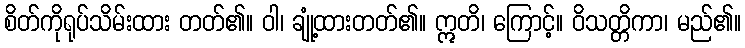
စိတ်ကိုရုပ်သိမ်းထား တတ်၏။ ဝါ၊ ချုံ့ထားတတ်၏။ ဣတိ၊ ကြောင့်။ ဝိသတ္တိကာ၊ မည်၏။